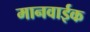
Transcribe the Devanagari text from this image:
मानवाईक